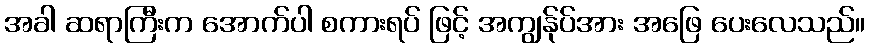
အခါ ဆရာကြီးက အောက်ပါ စကားရပ် ဖြင့် အကျွန်ုပ်အား အဖြေ ပေးလေသည်။